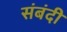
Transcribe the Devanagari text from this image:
संबंदी